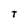
Character: T